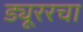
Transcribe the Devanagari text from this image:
ड्यूररचा